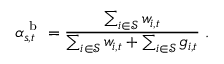
\alpha _ { s , t } ^ { \mathrm { ~ b ~ } } = \frac { \sum _ { i \in \mathcal { S } } w _ { i , t } } { \sum _ { i \in \mathcal { S } } w _ { i , t } + \sum _ { i \in \mathcal { S } } g _ { i , t } } \; .